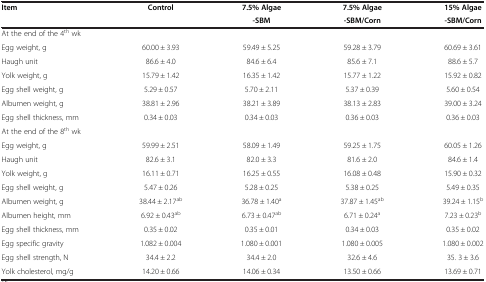
<table><thead><tr><td rowspan="2"><b>Item</b></td><td rowspan="2"><b>Control</b></td><td><b>7.5% Algae</b></td><td><b>7.5% Algae</b></td><td><b>15% Algae</b></td></tr><tr><td><b>-SBM</b></td><td><b>-SBM/Corn</b></td><td><b>-SBM/Corn</b></td></tr></thead><tbody><tr><td>At the end of the 4<sup>th</sup> wk</td><td> </td><td> </td><td> </td><td> </td></tr><tr><td>Egg weight, g</td><td>60.00 ± 3.93</td><td>59.49 ± 5.25</td><td>59.28 ± 3.79</td><td>60.69 ± 3.61</td></tr><tr><td>Haugh unit</td><td>86.6 ± 4.0</td><td>84.6 ± 6.4</td><td>85.6 ± 7.1</td><td>88.6 ± 5.7</td></tr><tr><td>Yolk weight, g</td><td>15.79 ± 1.42</td><td>16.35 ± 1.42</td><td>15.77 ± 1.22</td><td>15.92 ± 0.82</td></tr><tr><td>Egg shell weight, g</td><td>5.29 ± 0.57</td><td>5.70 ± 2.11</td><td>5.37 ± 0.39</td><td>5.60 ± 0.54</td></tr><tr><td>Albumen weight, g</td><td>38.81 ± 2.96</td><td>38.21 ± 3.89</td><td>38.13 ± 2.83</td><td>39.00 ± 3.24</td></tr><tr><td>Egg shell thickness, mm</td><td>0.34 ± 0.03</td><td>0.34 ± 0.03</td><td>0.36 ± 0.03</td><td>0.36 ± 0.03</td></tr><tr><td>At the end of the 8<sup>th</sup> wk</td><td> </td><td> </td><td> </td><td> </td></tr><tr><td>Egg weight, g</td><td>59.99 ± 2.51</td><td>58.09 ± 1.49</td><td>59.25 ± 1.75</td><td>60.05 ± 1.26</td></tr><tr><td>Haugh unit</td><td>82.6 ± 3.1</td><td>82.0 ± 3.3</td><td>81.6 ± 2.0</td><td>84.6 ± 1.4</td></tr><tr><td>Yolk weight, g</td><td>16.11 ± 0.71</td><td>16.25 ± 0.55</td><td>16.08 ± 0.48</td><td>15.90 ± 0.32</td></tr><tr><td>Egg shell weight, g</td><td>5.47 ± 0.26</td><td>5.28 ± 0.25</td><td>5.38 ± 0.25</td><td>5.49 ± 0.35</td></tr><tr><td>Albumen weight, g</td><td>38.44 ± 2.17<sup>ab</sup></td><td>36.78 ± 1.40<sup>a</sup></td><td>37.87 ± 1.45<sup>ab</sup></td><td>39.24 ± 1.15<sup>b</sup></td></tr><tr><td>Albumen height, mm</td><td>6.92 ± 0.43<sup>ab</sup></td><td>6.73 ± 0.47<sup>ab</sup></td><td>6.71 ± 0.24<sup>a</sup></td><td>7.23 ± 0.23<sup>b</sup></td></tr><tr><td>Egg shell thickness, mm</td><td>0.35 ± 0.02</td><td>0.35 ± 0.01</td><td>0.34 ± 0.03</td><td>0.35 ± 0.02</td></tr><tr><td>Egg specific gravity</td><td>1.082 ± 0.004</td><td>1.080 ± 0.001</td><td>1.080 ± 0.005</td><td>1.080 ± 0.002</td></tr><tr><td>Egg shell strength, N</td><td>34.4 ± 2.2</td><td>34.4 ± 2.0</td><td>32.6 ± 4.6</td><td>35. 3 ± 3.6</td></tr><tr><td>Yolk cholesterol, mg/g</td><td>14.20 ± 0.66</td><td>14.06 ± 0.34</td><td>13.50 ± 0.66</td><td>13.69 ± 0.71</td></tr></tbody></table>